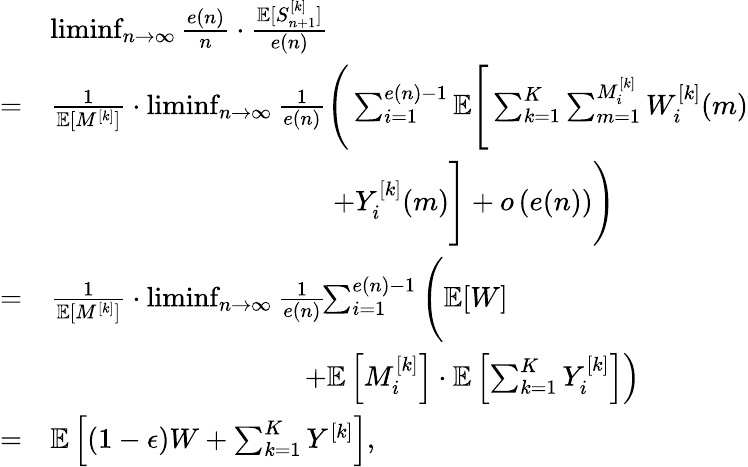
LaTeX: \begin{array}{rl}&{\operatorname*{liminf}_{n\rightarrow\infty}\frac{e(n)}{n}\cdot\frac{{\mathbb{E}}[S_{n+1}^{[k]}]}{e(n)}}\\ {=}&{\frac{1}{{\mathbb{E}}[M^{[k]}]}\cdot\operatorname*{liminf}_{n\rightarrow\infty}\frac{1}{e(n)}\Bigg(\sum_{i=1}^{e(n)-1}{\mathbb{E}}\Bigg[\sum_{k=1}^{K}\sum_{m=1}^{M_{i}^{[k]}}W_{i}^{[k]}(m)}\\ &{\qquad\qquad\qquad\qquad\qquad+Y_{i}^{[k]}(m)\Bigg]+o\left(e(n)\right)\Bigg)}\\ {=}&{\frac{1}{{\mathbb{E}}[M^{[k]}]}\cdot\operatorname*{liminf}_{n\rightarrow\infty}\frac{1}{e(n)}\! \! \sum_{i=1}^{e(n)-1}\Bigg({\mathbb{E}}[W]}\\ &{\qquad\qquad\qquad\qquad\quad\left.+{\mathbb{E}}\left[M_{i}^{[k]}\right]\cdot{\mathbb{E}}\left[\sum_{k=1}^{K}Y_{i}^{[k]}\right]\right)}\\ {=}&{{\mathbb{E}}\left[(1-\epsilon)W+\sum_{k=1}^{K}Y^{[k]}\right],}\end{array}